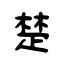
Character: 楚